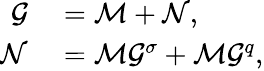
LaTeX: \begin{array}{rl}{\mathcal{G}}&{{}=\mathcal{M}+\mathcal{N},}\\ {\mathcal{N}}&{{}=\mathcal{M}\mathcal{G}^{\sigma}+\mathcal{M}\mathcal{G}^{q},}\end{array}